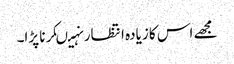
مجھے اس کا زیادہ انتظار نہیںکرنا پڑا۔